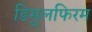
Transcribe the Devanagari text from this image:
डिसुलफिरम